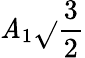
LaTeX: \mathit{A}_{1}{\sqrt{}{{\frac{{3}}{{2}}}}}